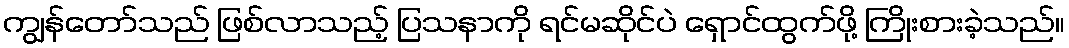
ကျွန်တော်သည် ဖြစ်လာသည့် ပြသနာကို ရင်မဆိုင်ပဲ ရှောင်ထွက်ဖို့ ကြိုးစားခဲ့သည်။